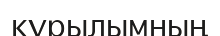
кұрылымның